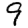
Digit: 9